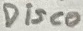
Text: Disco